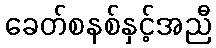
ခေတ်စနစ်နှင့်အညီ